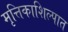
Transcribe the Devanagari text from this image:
मृत्तिकाशिल्पात